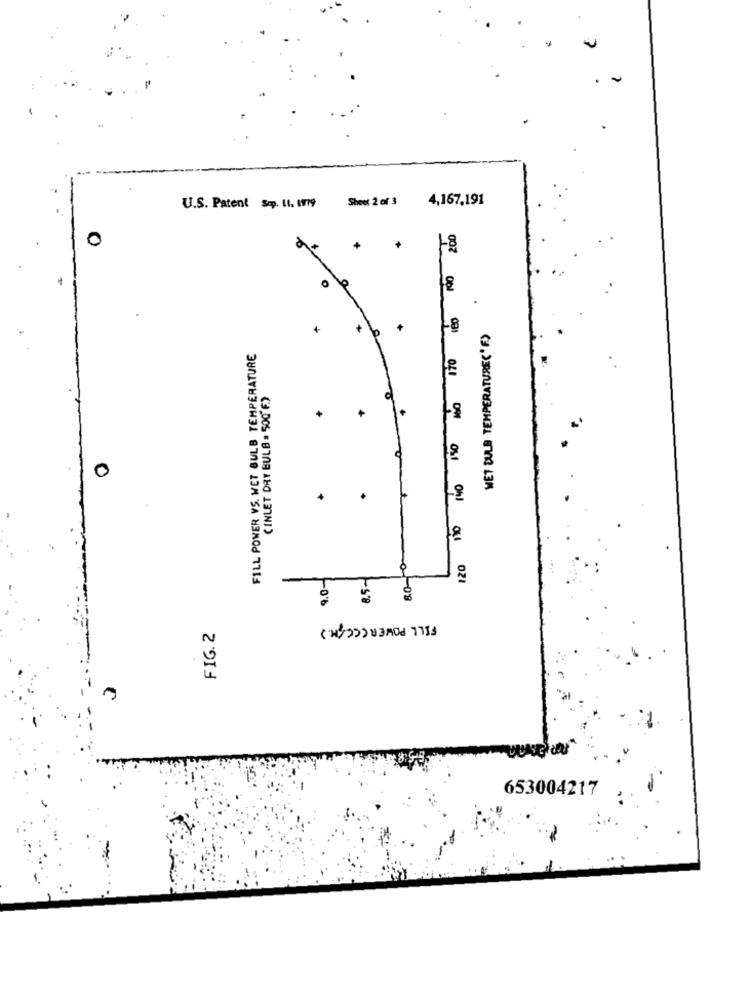
4,167,191
U.S. Patent Sep. 11. 119 Shoot 2 of 3
120 110 140 150 160 170 180 100 200
0
+
10
+
WET BULB TEMPERATURE('F)
FILL POWER VS. WET BULB TEMPERATURE
CINLET DRY BULB = 500'F)
0
.
80-0
9.0-
8.5-
-
FILL POWER (CCOM)
FIG. 2
653004217